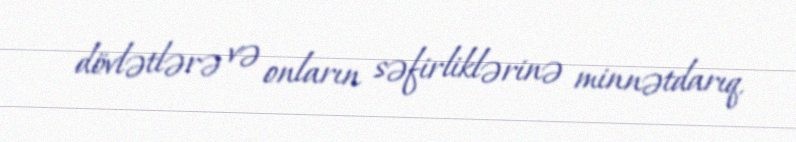
dövlətlərə və onların səfirliklərinə minnətdarıq.